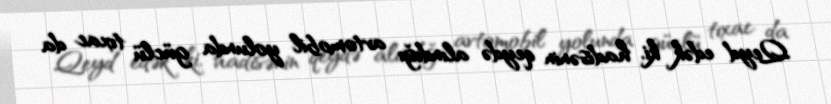
Qeyd edək ki, hadisənin qeydə alındığı avtomobil yolunda güclü tıxac da